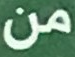
من